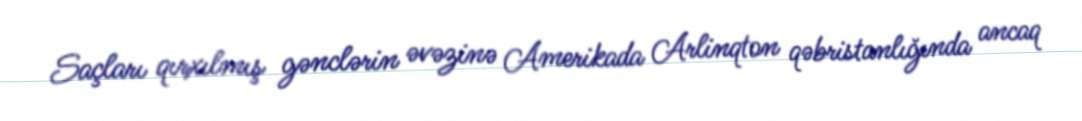
Saçları qırxılmış gənclərin əvəzinə Amerikada Arlinqton qəbristanlığında ancaq